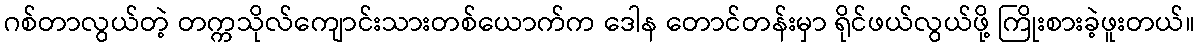
ဂစ်တာလွယ်တဲ့ တက္ကသိုလ်ကျောင်းသားတစ်ယောက်က ဒေါန တောင်တန်းမှာ ရိုင်ဖယ်လွယ်ဖို့ ကြိုးစားခဲ့ဖူးတယ်။